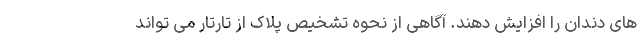
های دندان را افزایش دهند. آگاهی از نحوه تشخیص پلاک از تارتار می تواند